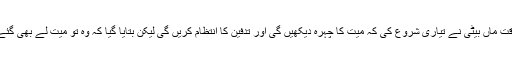
اس وقت ماں بیٹی نے تیاری شروع کی کہ میت کا چہرہ دیکھیں گی اور تدفین کا انتظام کریں گی لیکن بتایا گیا کہ وہ تو میت لے بھی گئے ہیں۔